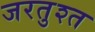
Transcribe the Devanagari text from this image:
जरतुश्त